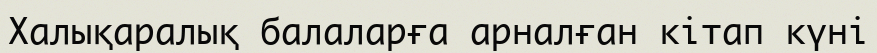
Халықаралық балаларға арналған кітап күні